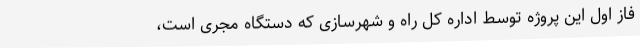
فاز اول این پروژه توسط اداره کل راه و شهرسازی که دستگاه مجری است،